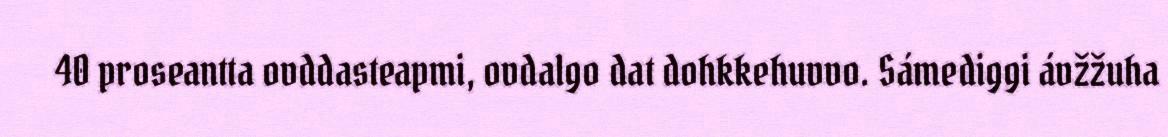
40 proseantta ovddasteapmi, ovdalgo dat dohkkehuvvo. Sámediggi ávžžuha